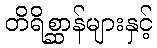
တိရိစ္ဆာန်များနှင့်